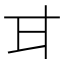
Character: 𭺫